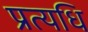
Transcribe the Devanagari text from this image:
प्रत्यधि